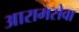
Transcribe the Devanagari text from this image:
आरामसेवा